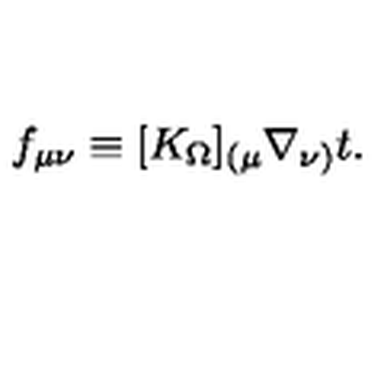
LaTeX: f _ { \mu \nu } \equiv [ K _ { \Omega } ] _ { ( \mu } \nabla _ { \nu ) } t .